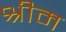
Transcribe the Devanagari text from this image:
श्रीम